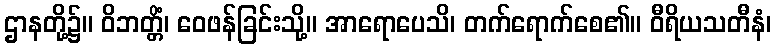
ဌာနတို့၌။ ဝိဘတ္တိံ၊ ဝေဖန်ခြင်းသို့။ အာရောပေသိ၊ တက်ရောက်စေ၏။ ဝီရိယသတီနံ၊